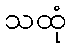
သထုံ